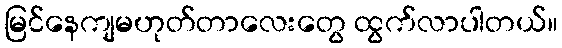
မြင်နေကျမဟုတ်တာလေးတွေ ထွက်လာပါတယ်။